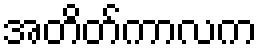
အတိတ်ကာလက